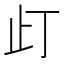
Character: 𱤼